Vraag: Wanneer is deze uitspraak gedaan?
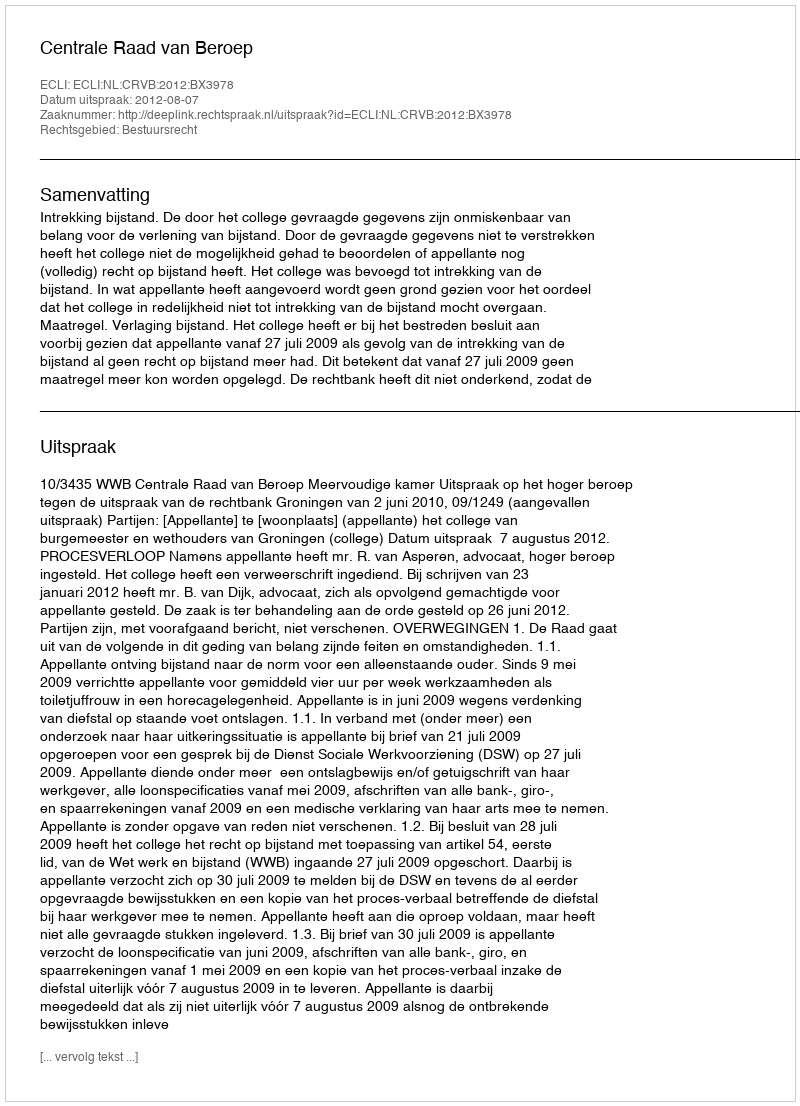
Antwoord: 2012-08-07